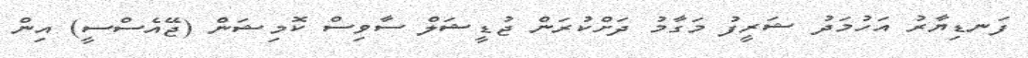
ފަނޑިޔާރު އަހުމަދު ޝަރީފު މަގާމު ދަށްކުރަން ޖުޑީޝަލް ސާވިސް ކޮމިޝަން (ޖޭއެސްސީ) އިން